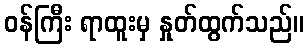
ဝန်ကြီး ရာထူးမှ နှုတ်ထွက်သည်။